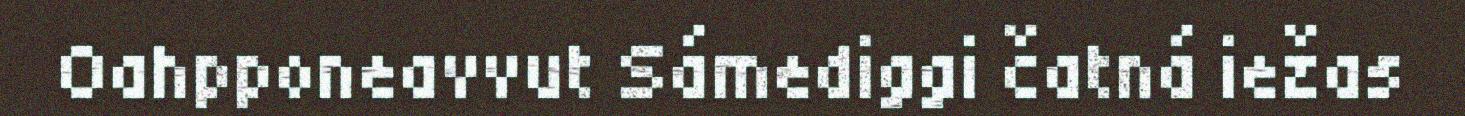
Oahpponeavvut Sámediggi čatná iežas